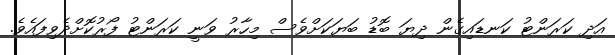
އަދި ކަރަންޓު ކަނޑައިގެން ދިޔަ ބޮޑު ބަޔަކަށްވެސް މިހާރު ވަނީ ކަރަންޓު ފޯރުކޮށްދެވިފައެވެ.